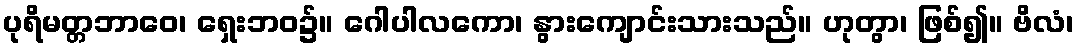
ပုရိမတ္တဘာဝေ၊ ရှေးဘဝ၌။ ဂေါပါလကော၊ နွားကျောင်းသားသည်။ ဟုတွာ၊ ဖြစ်၍။ ဗိလံ၊